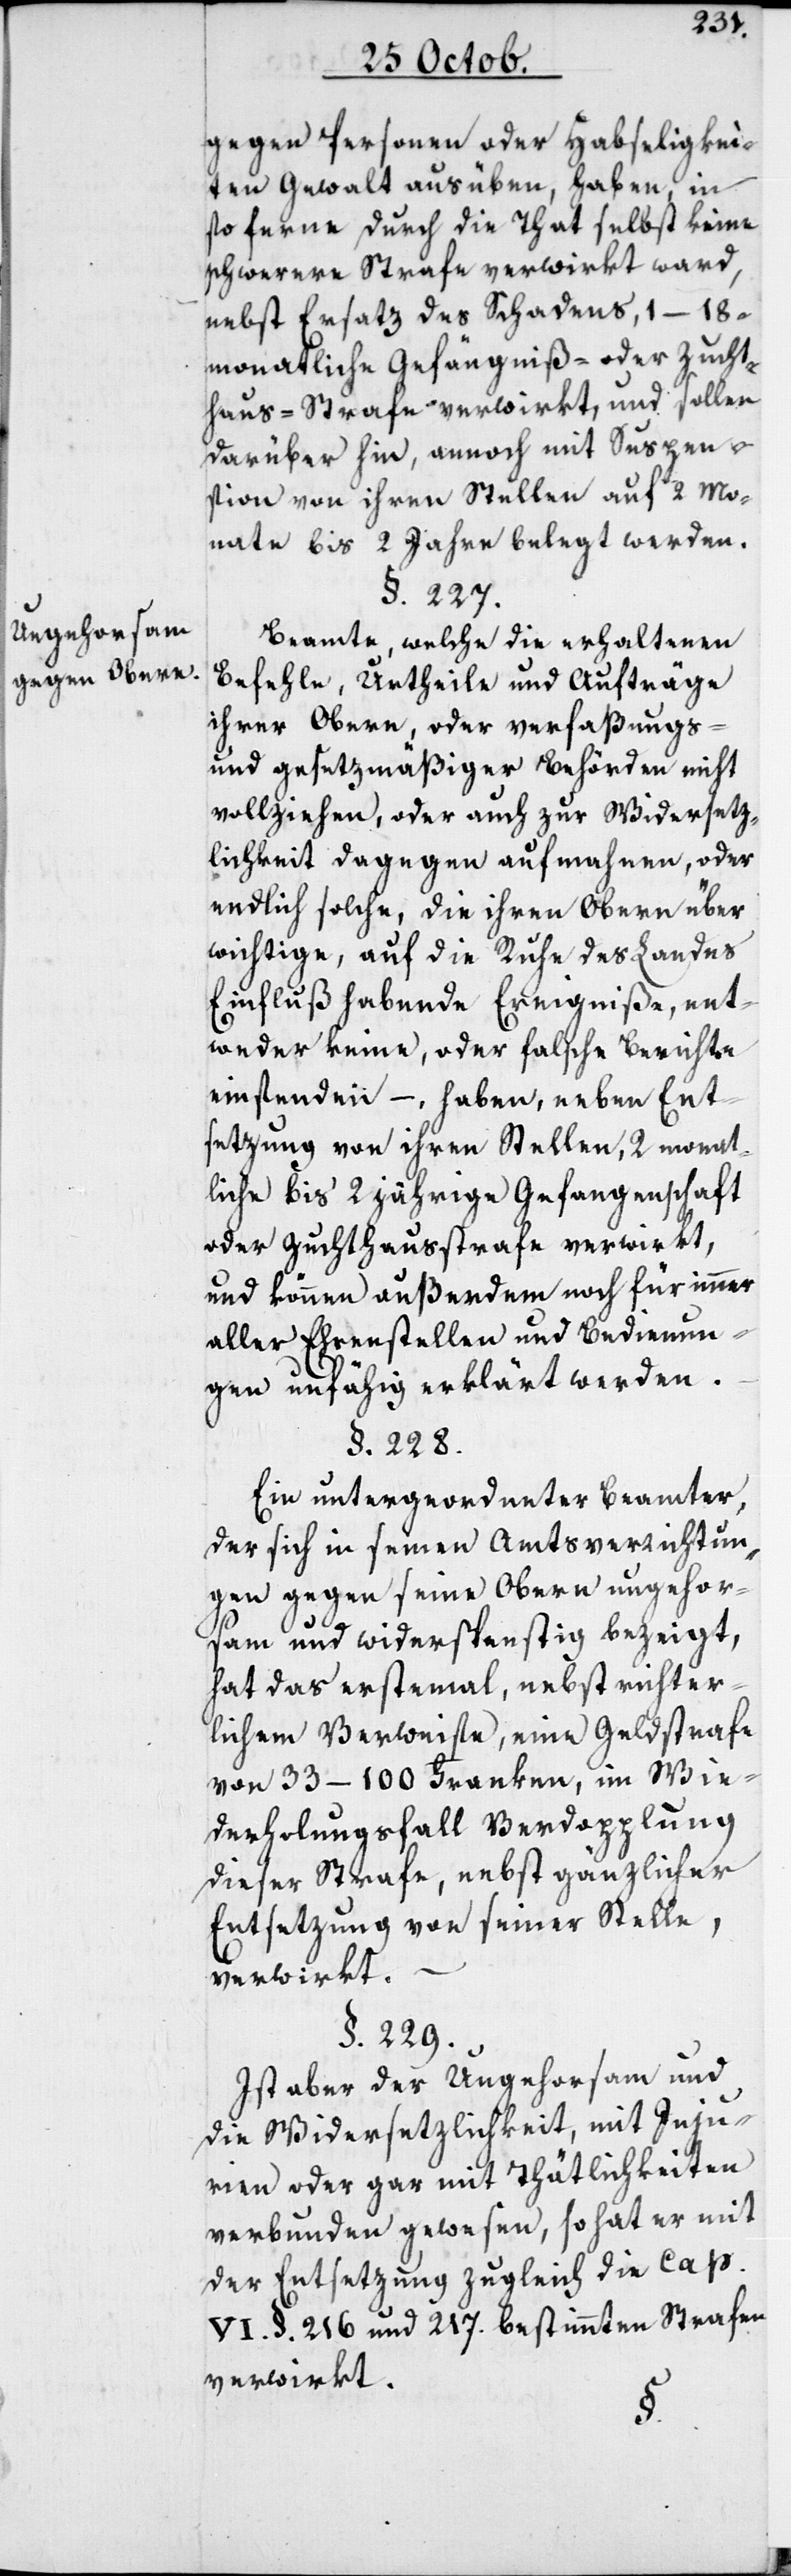
Ungehorsam
gegen Obere.

gegen Personen oder Habseligkei¬
ten Gewalt ausüben, haben, in
so ferne durch die That selbst keine
schwerere Strafe verwirkt ward,
nebst Ersatz des Schadens, 1–18
monatliche Gefängnis- oder Zucht¬
hausstrafe verwirkt, und sollen
darüber hin, annoch mit Suspen¬
sion von ihren Stellen auf 2 Mo¬
nate bis 2 Jahre belegt werden.
§. 227.
Beamte, welche die erhaltenen
Befehle, Urtheile und Aufträge
ihrer Obern, oder verfaßungs-
und gesetzmäßiger Behörden nicht
vollziehen, oder auch zur Widersetz¬
lichkeit dagegen aufmahnen, oder
endlich solche, die ihren Obern über
wichtige, auf die Ruhe des Landes
Einfluß habende Ereigniße, ent¬
weder keine oder falsche Berichte
einsenden –, haben, neben Ent¬
setzung von ihren Stellen, 2 monat¬
liche bis 2 jährige Gefangenschaft
oder Zuchthausstrafe verwirkt,
und können außerdem noch für immer
aller Ehrenstellen und Bedienun¬
gen unfähig erklärt werden.
§. 228.
Ein untergeordneter Beamter,
der sich in seinen Amtsverrichtun¬
gen gegen seine Obern ungehor¬
sam und widerspenstig bezeigt,
hat das erste Mal, nebst richter¬
lichem Verweise, eine Geldstrafe
von 33–100 Franken, im Wie¬
derholungsfall Verdopplung
dieser Strafe, nebst gänzlicher
Entsetzung von seiner Stelle,
verwirkt.
§. 229.
Ist aber der Ungehorsam und
die Widersetzlichkeit, mit Inju¬
rien oder gar mit Thätlichkeiten
verbunden gewesen, so hat er mit
der Entsetzung zugleich die Cap.
VI. §. 216 und 217 bestimmten Strafen
verwirkt.